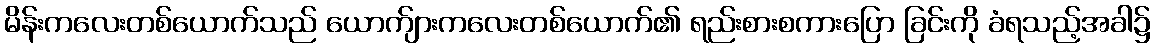
မိန်းကလေးတစ်ယောက်သည် ယောက်ျားကလေးတစ်ယောက်၏ ရည်းစားစကားပြော ခြင်းကို ခံရသည့်အခါ၌